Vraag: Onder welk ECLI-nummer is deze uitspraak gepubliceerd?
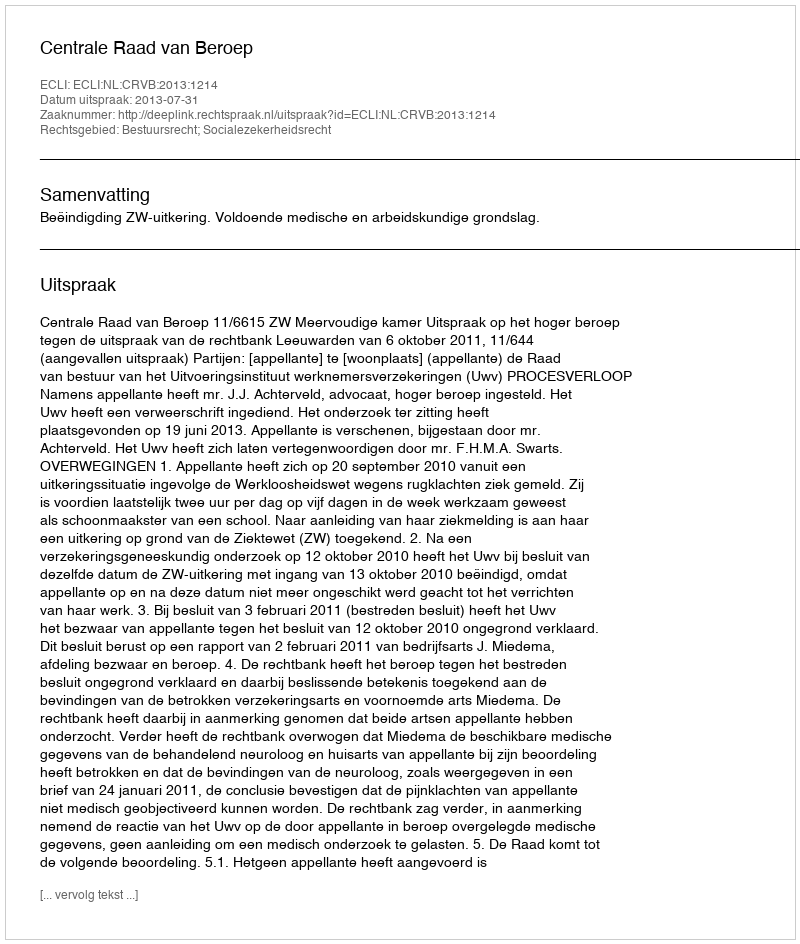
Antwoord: ECLI:NL:CRVB:2013:1214